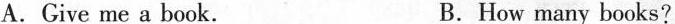
A.Give me a book. B.How many books?